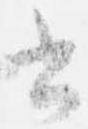
書